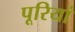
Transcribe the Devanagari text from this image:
पूरियां